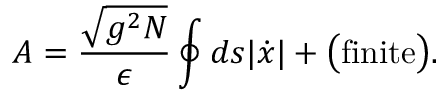
A = \frac { \sqrt { g ^ { 2 } N } } { \epsilon } \oint d s | \dot { x } | + \big ( \mathrm { f i n i t e } \big ) .